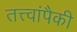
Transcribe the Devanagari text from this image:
तत्त्वांपैकी